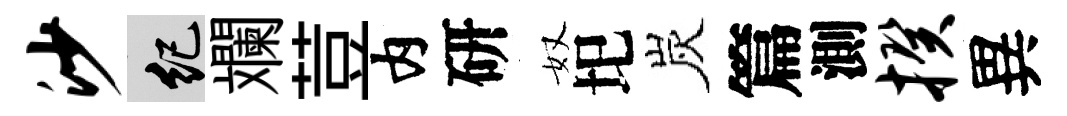
沙紀斕荳内研奴圯炭篇測揆異